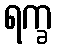
ရက္ခ